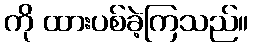
ကို ထားပစ်ခဲ့ကြသည်။